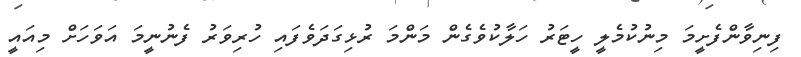
ފިނިވާންފެށީމަ މިނުކުމެލީ ހީޓަރު ހަލާކުވެގެން މަންމަ ރުޅިގަދަވެފައި ހުރިވަރު ފެނުނީމަ އަވަހަށް މިއައީ